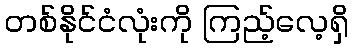
တစ်နိုင်ငံလုံးကို ကြည့်လေ့ရှိ